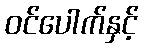
ဝင်ပေါက်နှင့်